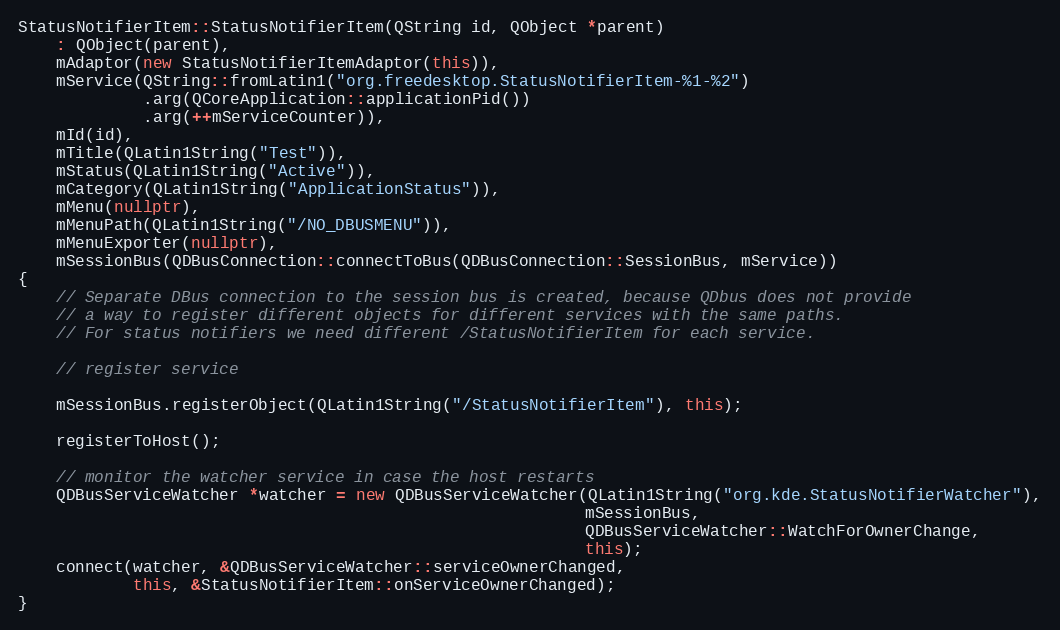
Language: C++
StatusNotifierItem::StatusNotifierItem(QString id, QObject *parent)
    : QObject(parent),
    mAdaptor(new StatusNotifierItemAdaptor(this)),
    mService(QString::fromLatin1("org.freedesktop.StatusNotifierItem-%1-%2")
             .arg(QCoreApplication::applicationPid())
             .arg(++mServiceCounter)),
    mId(id),
    mTitle(QLatin1String("Test")),
    mStatus(QLatin1String("Active")),
    mCategory(QLatin1String("ApplicationStatus")),
    mMenu(nullptr),
    mMenuPath(QLatin1String("/NO_DBUSMENU")),
    mMenuExporter(nullptr),
    mSessionBus(QDBusConnection::connectToBus(QDBusConnection::SessionBus, mService))
{
    // Separate DBus connection to the session bus is created, because QDbus does not provide
    // a way to register different objects for different services with the same paths.
    // For status notifiers we need different /StatusNotifierItem for each service.

    // register service

    mSessionBus.registerObject(QLatin1String("/StatusNotifierItem"), this);

    registerToHost();

    // monitor the watcher service in case the host restarts
    QDBusServiceWatcher *watcher = new QDBusServiceWatcher(QLatin1String("org.kde.StatusNotifierWatcher"),
                                                           mSessionBus,
                                                           QDBusServiceWatcher::WatchForOwnerChange,
                                                           this);
    connect(watcher, &QDBusServiceWatcher::serviceOwnerChanged,
            this, &StatusNotifierItem::onServiceOwnerChanged);
}